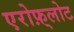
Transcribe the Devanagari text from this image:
एरोफ़्लोट